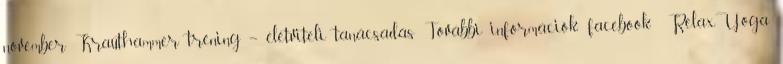
november Krauthammer tréning – életviteli tanácsadás További információk: facebook RelaxYoga